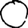
Digit: 0